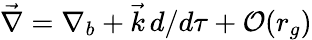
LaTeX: {\vec{\nabla}}={\nabla}_{b}+{\vec{k}}\, d/d\tau+{\cal O}(r_{g})